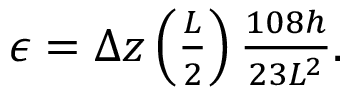
\begin{array} { r } { \epsilon = \Delta z \left( \frac { L } { 2 } \right) \frac { 1 0 8 h } { 2 3 L ^ { 2 } } . } \end{array}